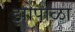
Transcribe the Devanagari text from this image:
झोपाळा